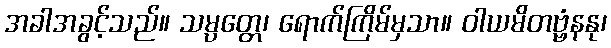
အခါအခွင့်သည်။ သမ္ပတ္တေ၊ ရောက်ကြိမ်မှသာ။ ဝါယမိတဗ္ဗံနနု၊